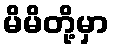
မိမိတို့မှာ